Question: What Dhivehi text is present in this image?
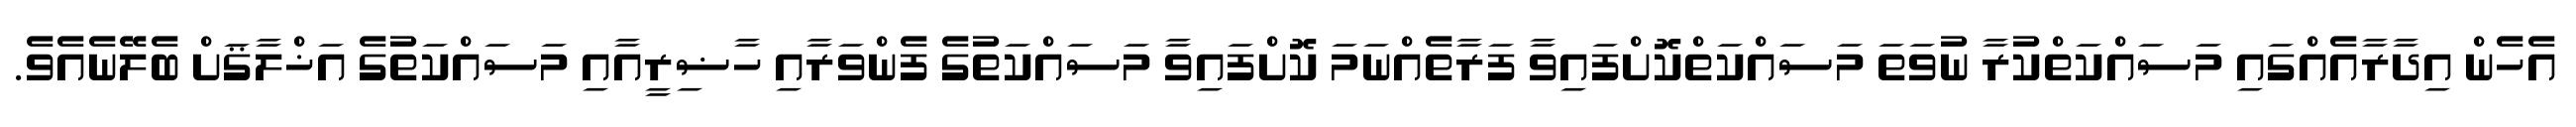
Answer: އެހެން އިދާރާއެއްގައި މަސައްކަތްކުރާ ނުވަތަ މަސައްކަތްކޮށްފައިވާ ފަރާތެއްނަމަ ކޮށްފައިވާ މަސައްކަތުގެ ފެންވަރާއި ހާޟިރީއާއި މަސައްކަތުގެ އަޚްލާޤަށް ބެލޭނެއެވެ.